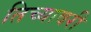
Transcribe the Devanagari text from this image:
तिच्यावरी